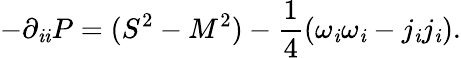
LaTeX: -\partial_{\mathit{i}\mathit{i}}P=(S^{2}-M^{2})-\frac{{1}}{{4}}(\omega_{\mathit{i}}\omega_{\mathit{i}}-j_{\mathit{i}}j_{\mathit{i}}).